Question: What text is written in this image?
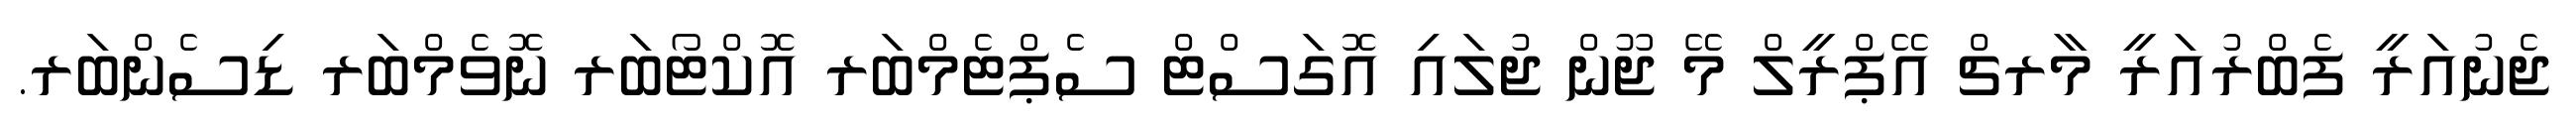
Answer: ޖެނުއަރީ ފެބްރުއަރީ މާރޗް އޭޕްރީލް މޭ ޖޫން ޖުލައި އޮގަސްޓް ސެޕްޓެމްބަރ އޮކްޓޯބަރ ނޮވެމްބަރ ޑިސެންބަރ.